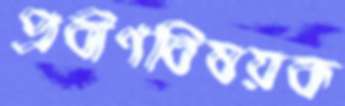
প্রবীণবিষয়ক